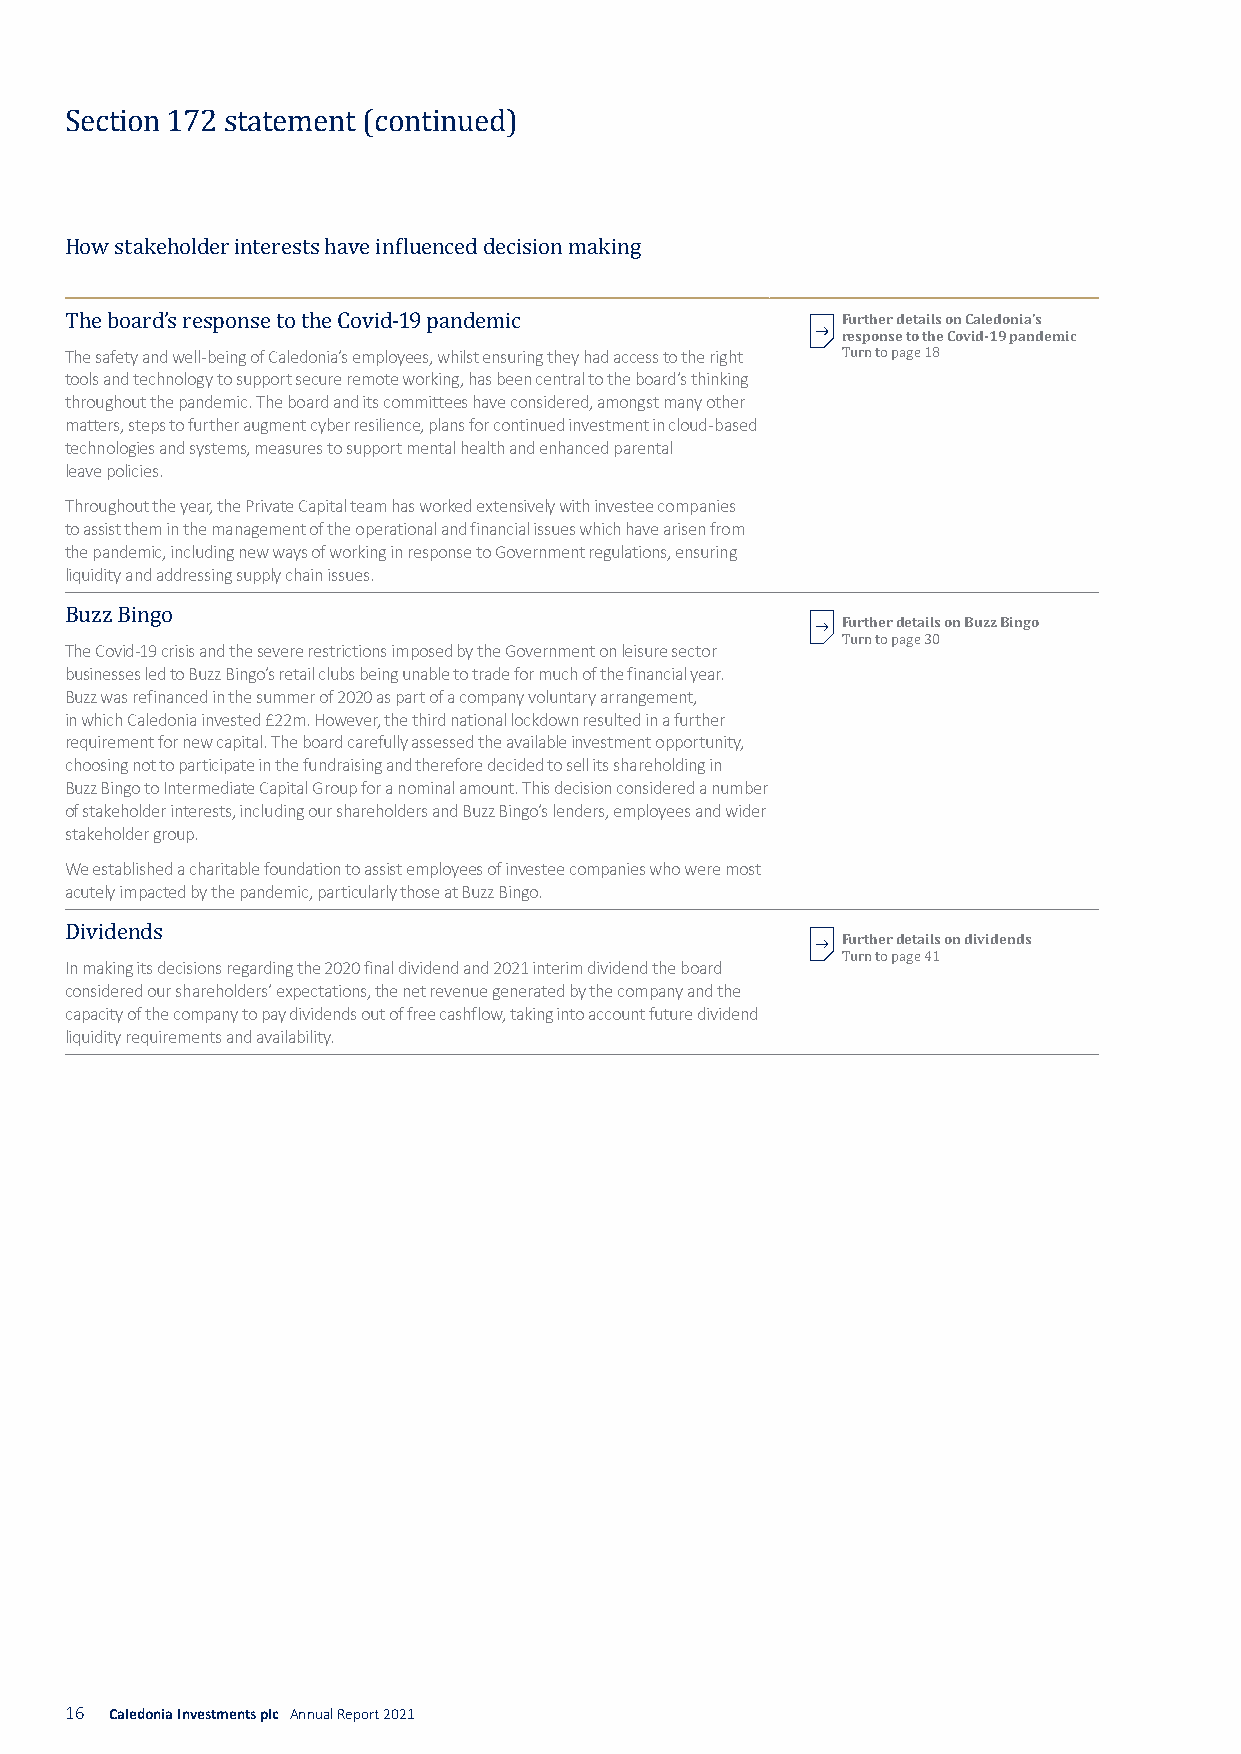
Section 172 statement (continued)
 How stakeholder interests have influenced decision making
 Further details on Caledonia’s
 response to the Covid-19 pandemic
 The safety and well-being of Caledonia’s employees, whilst ensuring they had access to the right
 The board’s response to the Covid-19 pandemic
 tools and technology to support secure remote working, has been central to the board’s thinking
 Turn to page 18
 throughout the pandemic. The board and its committees have considered, amongst many other
 matters, steps to further augment cyber resilience, plans for continued investment in cloud-based
 technologies and systems, measures to support mental health and enhanced parental
 leave policies.
 Throughout the year, the Private Capital team has worked extensively with investee companies
 to assist them in the management of the operational and financial issues which have arisen from
 the pandemic, including new ways of working in response to Government regulations, ensuring
 liquidity and addressing supply chain issues.
 Further details on Buzz Bingo
 The Covid-19 crisis and the severe restrictions imposed by the Government on leisure sector
 Buzz Bingo
 businesses led to Buzz Bingo’s retail clubs being unable to trade for much of the financial year. Turn to page 30
 Buzz was refinanced in the summer of 2020 as part of a company voluntary arrangement,
 in which Caledonia invested £22m. However, the third national lockdown resulted in a further
 requirement for new capital. The board carefully assessed the available investment opportunity,
 choosing not to participate in the fundraising and therefore decided to sell its shareholding in
 Buzz Bingo to Intermediate Capital Group for a nominal amount. This decision considered a number
 of stakeholder interests, including our shareholders and Buzz Bingo’s lenders, employees and wider
 stakeholder group.
 We established a charitable foundation to assist employees of investee companies who were most
 acutely impacted by the pandemic, particularly those at Buzz Bingo.
 Further details on dividends
 In making its decisions regarding the 2020 final dividend and 2021 interim dividend the board
 Dividends
 considered our shareholders’ expectations, the net revenue generated by the company and the Turn to page 41
 capacity of the company to pay dividends out of free cashflow, taking into account future dividend
 liquidity requirements and availability.
 16 Caledonia Investments plc Annual Report 2021